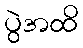
ပွဲအထိ